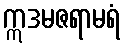
ဣဒမဇရာမရံ